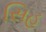
સિહ